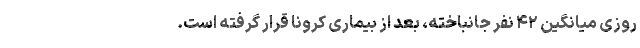
روزی میانگین ۴۲ نفر جانباخته، بعد از بیماری کرونا قرار گرفته است.